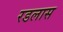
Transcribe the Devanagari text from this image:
रडलास